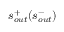
s _ { o u t } ^ { + } ( s _ { o u t } ^ { - } )